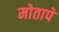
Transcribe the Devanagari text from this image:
मोतापे